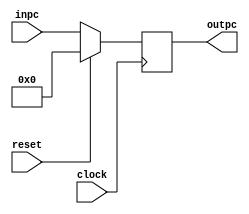

module pc(inpc, reset, clock, outpc);

parameter delay=10;

input [63:0]inpc;
input reset;
input clock;

output reg [63:0]outpc;


 always @ ( posedge clock )
 begin

	#delay	if(reset == 1)
		outpc = 0;
	else
   		outpc = inpc ;

  end

endmodule